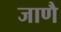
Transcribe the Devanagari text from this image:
जाणै